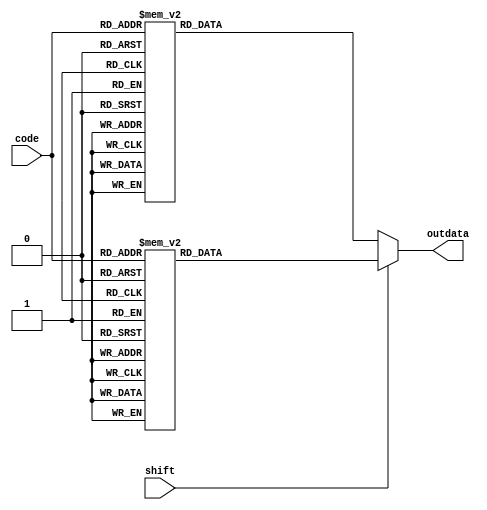
module codeChange(code,shift,outdata);
input [7:0]code;
input shift;
reg [7:0]data;
output [7:0]outdata;
always @ (*)
begin
	if(shift==0)
	begin
		case(code)
			8'h01:data=8'h5f;
			8'h76:data=8'h1b;
			8'h05:data=8'h70;
			8'h06:data=8'h71;
			8'h04:data=8'h72;
			8'h0c:data=8'h73;
			8'h03:data=8'h74;
			8'h0b:data=8'h75;
			8'h83:data=8'h76;
			8'h0a:data=8'h77;
			8'h09:data=8'h79;
			8'h78:data=8'h7a;
			8'h07:data=8'h7b;
			8'h0e:data=8'h60;
			8'h16:data=8'h31;
			8'h1e:data=8'h32;
			8'h26:data=8'h33;
			8'h25:data=8'h34;
			8'h2e:data=8'h35;
			8'h36:data=8'h36;
			8'h3d:data=8'h37;
			8'h3e:data=8'h38;
			8'h46:data=8'h39;
			8'h45:data=8'h30;
			8'h4e:data=8'h2d;
			8'h55:data=8'h3d;
			8'h5d:data=8'h5c;
			8'h66:data=8'h08;
			8'h0d:data=8'h09;
			8'h15:data=8'h71;
			8'h1d:data=8'h77;
			8'h24:data=8'h65;
			8'h2d:data=8'h72;
			8'h2c:data=8'h74;
			8'h35:data=8'h79;
			8'h3c:data=8'h75;
			8'h43:data=8'h69;
			8'h44:data=8'h6f;
			8'h4d:data=8'h70;
			8'h54:data=8'h5b;
			8'h5b:data=8'h5d;
			8'h5a:data=8'h0d;
			8'h58:data=8'h14;
			8'h1c:data=8'h61;
			8'h1b:data=8'h73;
			8'h23:data=8'h64;
			8'h2b:data=8'h66;
			8'h34:data=8'h67;
			8'h33:data=8'h68;
			8'h3b:data=8'h6a;
			8'h42:data=8'h6b;
			8'h4b:data=8'h6c;
			8'h4c:data=8'h3b;
			8'h52:data=8'h27;
			8'h12:data=8'h10;
			8'h1a:data=8'h7a;
			8'h22:data=8'h78;
			8'h21:data=8'h63;
			8'h2a:data=8'h76;
			8'h32:data=8'h62;
			8'h31:data=8'h6e;
			8'h3a:data=8'h6d;
			8'h41:data=8'h2c;
			8'h49:data=8'h2e;
			8'h4a:data=8'h2f;
			8'h59:data=8'h10;
			8'h14:data=8'h11;
			8'h11:data=8'h12;
			8'h29:data=8'h20;
			default:data=8'h00;
		endcase
	end
	else
	begin
		case(code)
			8'h01:data=8'h5f;
			8'h76:data=8'h1b;
			8'h05:data=8'h70;
			8'h06:data=8'h71;
			8'h04:data=8'h72;
			8'h0c:data=8'h73;
			8'h03:data=8'h74;
			8'h0b:data=8'h75;
			8'h83:data=8'h76;
			8'h0a:data=8'h77;
			8'h09:data=8'h79;
			8'h78:data=8'h7a;
			8'h07:data=8'h7b;
			8'h0e:data=8'h7e;
			8'h16:data=8'h21;
			8'h1e:data=8'h40;
			8'h26:data=8'h23;
			8'h25:data=8'h24;
			8'h2e:data=8'h25;
			8'h36:data=8'h5e;
			8'h3d:data=8'h26;
			8'h3e:data=8'h2a;
			8'h46:data=8'h28;
			8'h45:data=8'h29;
			8'h4e:data=8'h5f;
			8'h55:data=8'h2b;
			8'h5d:data=8'h7c;
			8'h66:data=8'h08;
			8'h0d:data=8'h09;
			8'h15:data=8'h51;
			8'h1d:data=8'h57;
			8'h24:data=8'h45;
			8'h2d:data=8'h52;
			8'h2c:data=8'h54;
			8'h35:data=8'h59;
			8'h3c:data=8'h55;
			8'h43:data=8'h49;
			8'h44:data=8'h4f;
			8'h4d:data=8'h50;
			8'h54:data=8'h7b;
			8'h5b:data=8'h7d;
			8'h5a:data=8'h0d;
			8'h58:data=8'h14;
			8'h1c:data=8'h41;
			8'h1b:data=8'h53;
			8'h23:data=8'h44;
			8'h2b:data=8'h46;
			8'h34:data=8'h47;
			8'h33:data=8'h48;
			8'h3b:data=8'h4a;
			8'h42:data=8'h4b;
			8'h4b:data=8'h4c;
			8'h4c:data=8'h3a;
			8'h52:data=8'h22;
			8'h12:data=8'h10;
			8'h1a:data=8'h5a;
			8'h22:data=8'h58;
			8'h21:data=8'h43;
			8'h2a:data=8'h56;
			8'h32:data=8'h42;
			8'h31:data=8'h4e;
			8'h3a:data=8'h4d;
			8'h41:data=8'h3c;
			8'h49:data=8'h3e;
			8'h4a:data=8'h3f;
			8'h59:data=8'h10;
			8'h14:data=8'h11;
			8'h11:data=8'h12;
			8'h29:data=8'h20;
			default:data=8'h00;
		endcase
	end
end
assign outdata=data;
endmodule